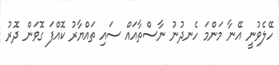
ހޭލެވުނީ އޭނާ މަންމަ ހެނދުނު ނާސްތާއައް ސައި ތައްޔާރު ކޮއްފަ ގޮވަން ދޮރު